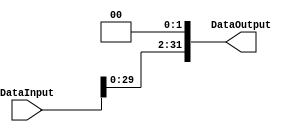
/******************************************************************
* Description
*	This performs a shift left opeartion in roder to calculate the brances.
*	1.0
* Author:
*	Dr. Jos Luis Pizano Escalante
* email:
*	luispizano@iteso.mx
* Date:
*	01/03/2014
******************************************************************/
module ShiftLeft2 
(   
	input [31:0]  DataInput,
   output reg [31:0] DataOutput

);
   always @ (DataInput)
     DataOutput = {DataInput[29:0], 1'b0, 1'b0};

endmodule // leftShift2